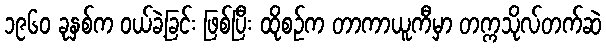
၁၉၆၀ ခုနှစ်က ဝယ်ခဲ့ခြင်း ဖြစ်ပြီး ထိုစဉ်က တာကာယူကီမှာ တက္ကသိုလ်တက်ဆဲ